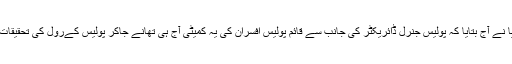
مسٹر کٹاریا نے آج بتایا کہ پولیس جنرل ڈائریکٹر کی جانب سے قائم پولیس افسران کی یہ کمیٹی آج ہی تھانے جاکر پولیس کےرول کی تحقیقات کرے گی۔